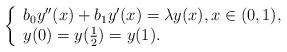
LaTeX: \begin{align*}\left\{\begin{array}{l}b_{0}y^{\prime \prime }(x)+b_{1}y^{\prime }(x)=\lambda y(x),x\in(0,1), \\y(0)=y(\frac{1}{2})=y(1).\end{array}\right. \end{align*}